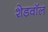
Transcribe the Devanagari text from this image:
शेडवॉल